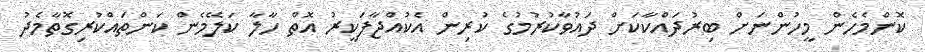
ކޮންމެހެން މީހުންނަށް ބިރުދައްކާކަށް ދައުވާކުރުމުގެ ކުރިން އެކުއްޖާފަކީރު އޮތް ހާލާ ކަލޭމެން ކަންތައްކުރިގޮތާމެދު